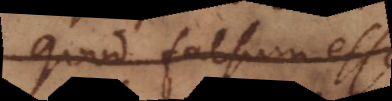
quod falsum est,